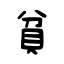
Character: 貧